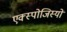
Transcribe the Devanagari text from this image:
एक्स्पोजिस्यों